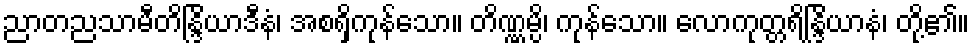
ညာတညသာမီတိန္ဒြိယာဒီနံ၊ အစရှိကုန်သော။ တိဏ္ဏမ္ပိ၊ ကုန်သော။ လောကုတ္တရိန္ဒြိယာနံ၊ တို့၏။